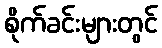
စိုက်ခင်းများတွင်